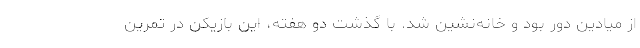
از میادین دور بود و خانه‌نشین شد. با گذشت دو هفته، این بازیکن در تمرین